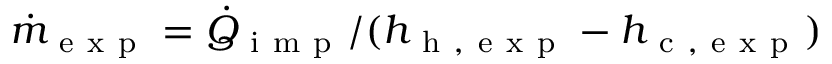
\dot { m } _ { \mathrm { ~ e ~ x ~ p ~ } } = \dot { Q } _ { \mathrm { ~ i ~ m ~ p ~ } } / ( h _ { \mathrm { ~ h ~ , ~ e ~ x ~ p ~ } } - h _ { \mathrm { ~ c ~ , ~ e ~ x ~ p ~ } } )